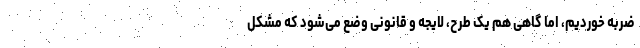
ضربه خوردیم، اما گاهی هم یک طرح، لایجه و قانونی وضع می‌شود که مشکل